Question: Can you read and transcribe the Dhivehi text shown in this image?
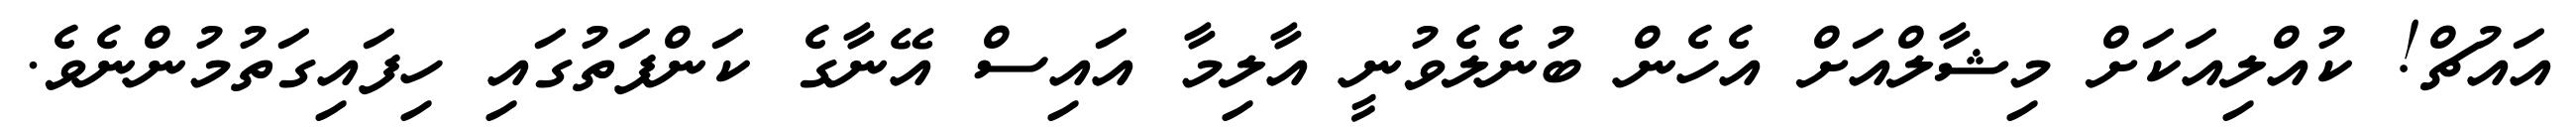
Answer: އައުޗް! ކުއްލިއަކަށް މިޝާލްއަށް އެހެން ބުނެލެވުނީ އާލިމާ އައިސް އޭނާގެ ކަންފަތުގައި ހިފައިގަތުމުންނެވެ.